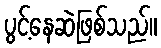
ပွင့်နေဆဲဖြစ်သည်။